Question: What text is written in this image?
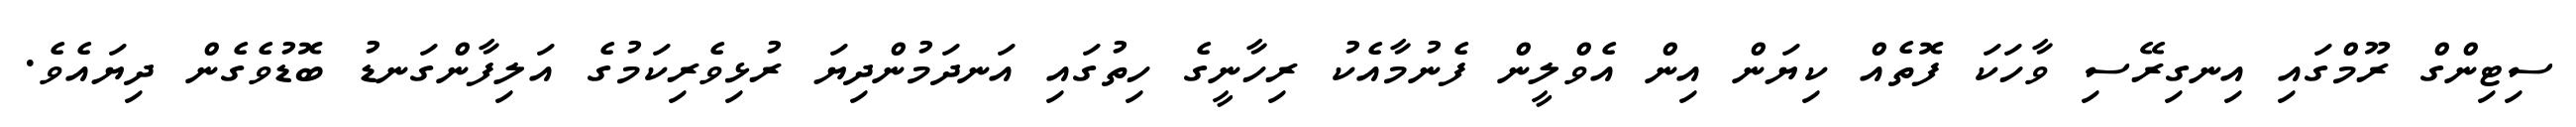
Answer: ސިޓިންގް ރޫމްގައި އިނގިރޭސި ވާހަކަ ފޮތެއް ކިޔަން އިން އެވްލީން ފެނުމާއެކު ރިހާނީގެ ހިތުގައި އަނދަމުންދިޔަ ރުޅިވެރިކަމުގެ އަލިފާންގަނޑު ބޮޑުވެގެން ދިޔައެވެ.